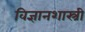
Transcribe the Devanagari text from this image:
विज्ञानशास्त्री